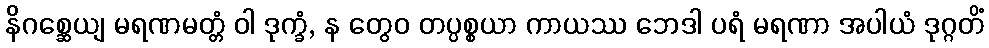
နိဂစ္ဆေယျ မရဏမတ္တံ ဝါ ဒုက္ခံ, န တွေဝ တပ္ပစ္စယာ ကာယဿ ဘေဒါ ပရံ မရဏာ အပါယံ ဒုဂ္ဂတိံ